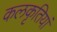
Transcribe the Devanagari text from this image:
कलकृतियां